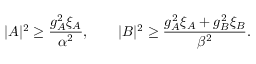
| A | ^ { 2 } \geq \frac { g _ { A } ^ { 2 } \xi _ { A } } { \alpha ^ { 2 } } , \qquad | B | ^ { 2 } \geq \frac { g _ { A } ^ { 2 } \xi _ { A } + g _ { B } ^ { 2 } \xi _ { B } } { \beta ^ { 2 } } .